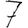
Digit: 7